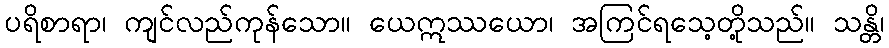
ပရိစာရာ၊ ကျင်လည်ကုန်သော။ ယေဣဿယော၊ အကြင်ရသေ့တို့သည်။ သန္တိ၊